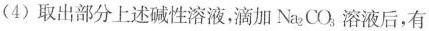
(4)取出部分上述碱性溶液，滴加Na_{2}CO_{3}，溶液后，有